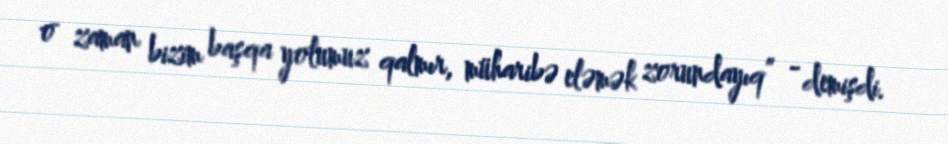
o zaman bizim başqa yolumuz qalmır, müharibə eləmək zorundayıq” - demişdi.